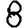
Digit: 8